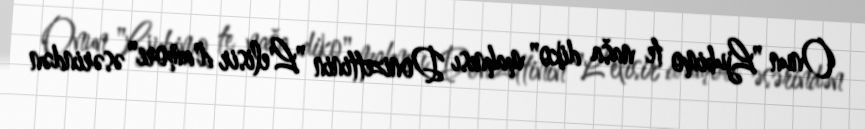
Onun "Ljubimo te naša diko" mahnısı Donizettinin "L'elisir d'amore" əsərindən